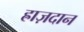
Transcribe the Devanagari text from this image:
ह्राज़दान